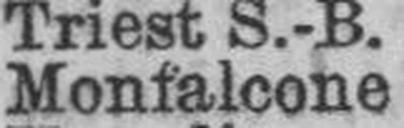
Monfalcone